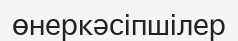
өнеркәсіпшілер